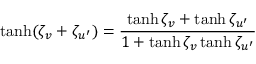
\operatorname { t a n h } ( \zeta _ { v } + \zeta _ { u ^ { \prime } } ) = { \frac { \operatorname { t a n h } \zeta _ { v } + \operatorname { t a n h } \zeta _ { u ^ { \prime } } } { 1 + \operatorname { t a n h } \zeta _ { v } \operatorname { t a n h } \zeta _ { u ^ { \prime } } } }